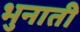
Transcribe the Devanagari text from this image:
भुनाती